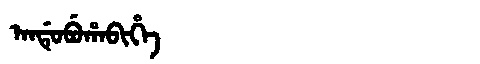
Manchu: ᠠᠨᡩᡠᠪᡠᡥᠠᠪᡳᡥᡝ
Romanization: ANDUBUHABIHE